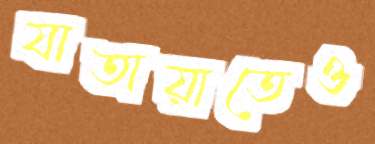
যাতায়াতেও